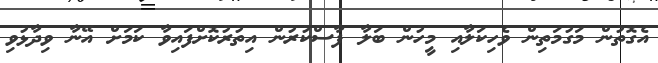
އެގޮތުން މަގުމަތިން ވެހިކަލާއި މީހުން ބަލާ ފާސްކުރުން އިތުރުކޮށްފައިވާ ކަމަށް އޭނާ ވިދާޅުވި